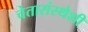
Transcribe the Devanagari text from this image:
चेतासंस्थेशी